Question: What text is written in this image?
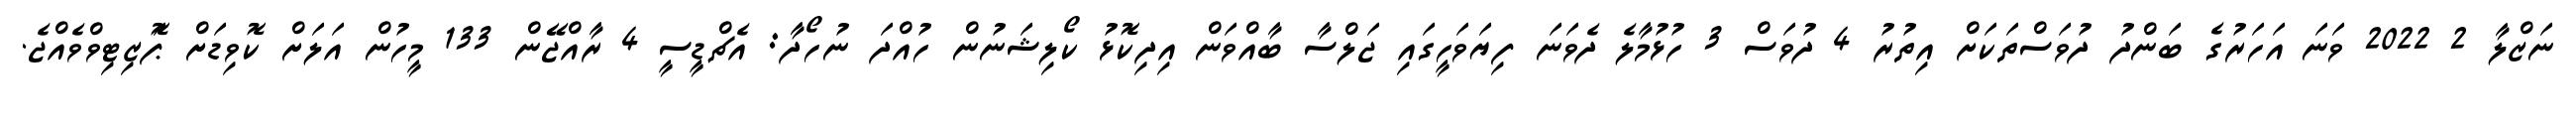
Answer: ނަޒްލާ 2 2022 ވަނަ އަހަރުގެ ބަންދު ދުވަސްތަކަށް އިތުރު 4 ދުވަސް 3 ހުޅުމާލެ ދެވަނަ ފިޔަވަހީގައި ޖަލްސާ ބާއްވަން އިދިކޮޅު ކޯލިޝަނުން ހުއްދަ ނުހޯދާ: އެޗްޑީސީ 4 ރާއްޖޭން 133 މީހުން އަލަށް ކޮވިޑަށް ޕަޮޒިޓިވްވެއްޖެ.